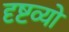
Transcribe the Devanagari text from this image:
दृष्टव्यों